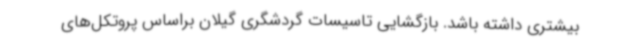
بیشتری داشته باشد. بازگشایی تاسیسات گردشگری گیلان براساس پروتکل‌های